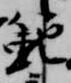
範